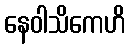
နေဝါသိကေဟိ